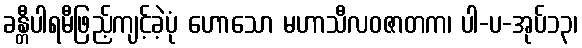
ခန္တီပါရမီဖြည့်ကျင့်ခဲ့ပုံ ဟောသော မဟာသီလဝဇာတက၊ ပါ-ပ-အုပ်၁၃၊